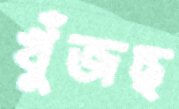
খুঁজছ